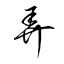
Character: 弄